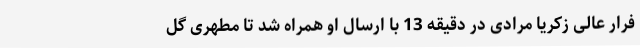
فرار عالی زکریا مرادی در دقیقه 13 با ارسال او همراه شد تا مطهری گل